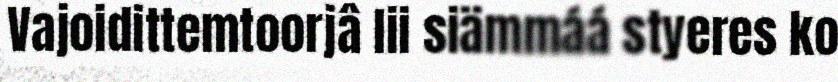
Vajoidittemtoorjâ lii siämmáá styeres ko